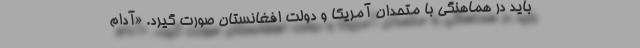
باید در هماهنگی با متحدان آمریکا و دولت افغانستان صورت گیرد. «آدام